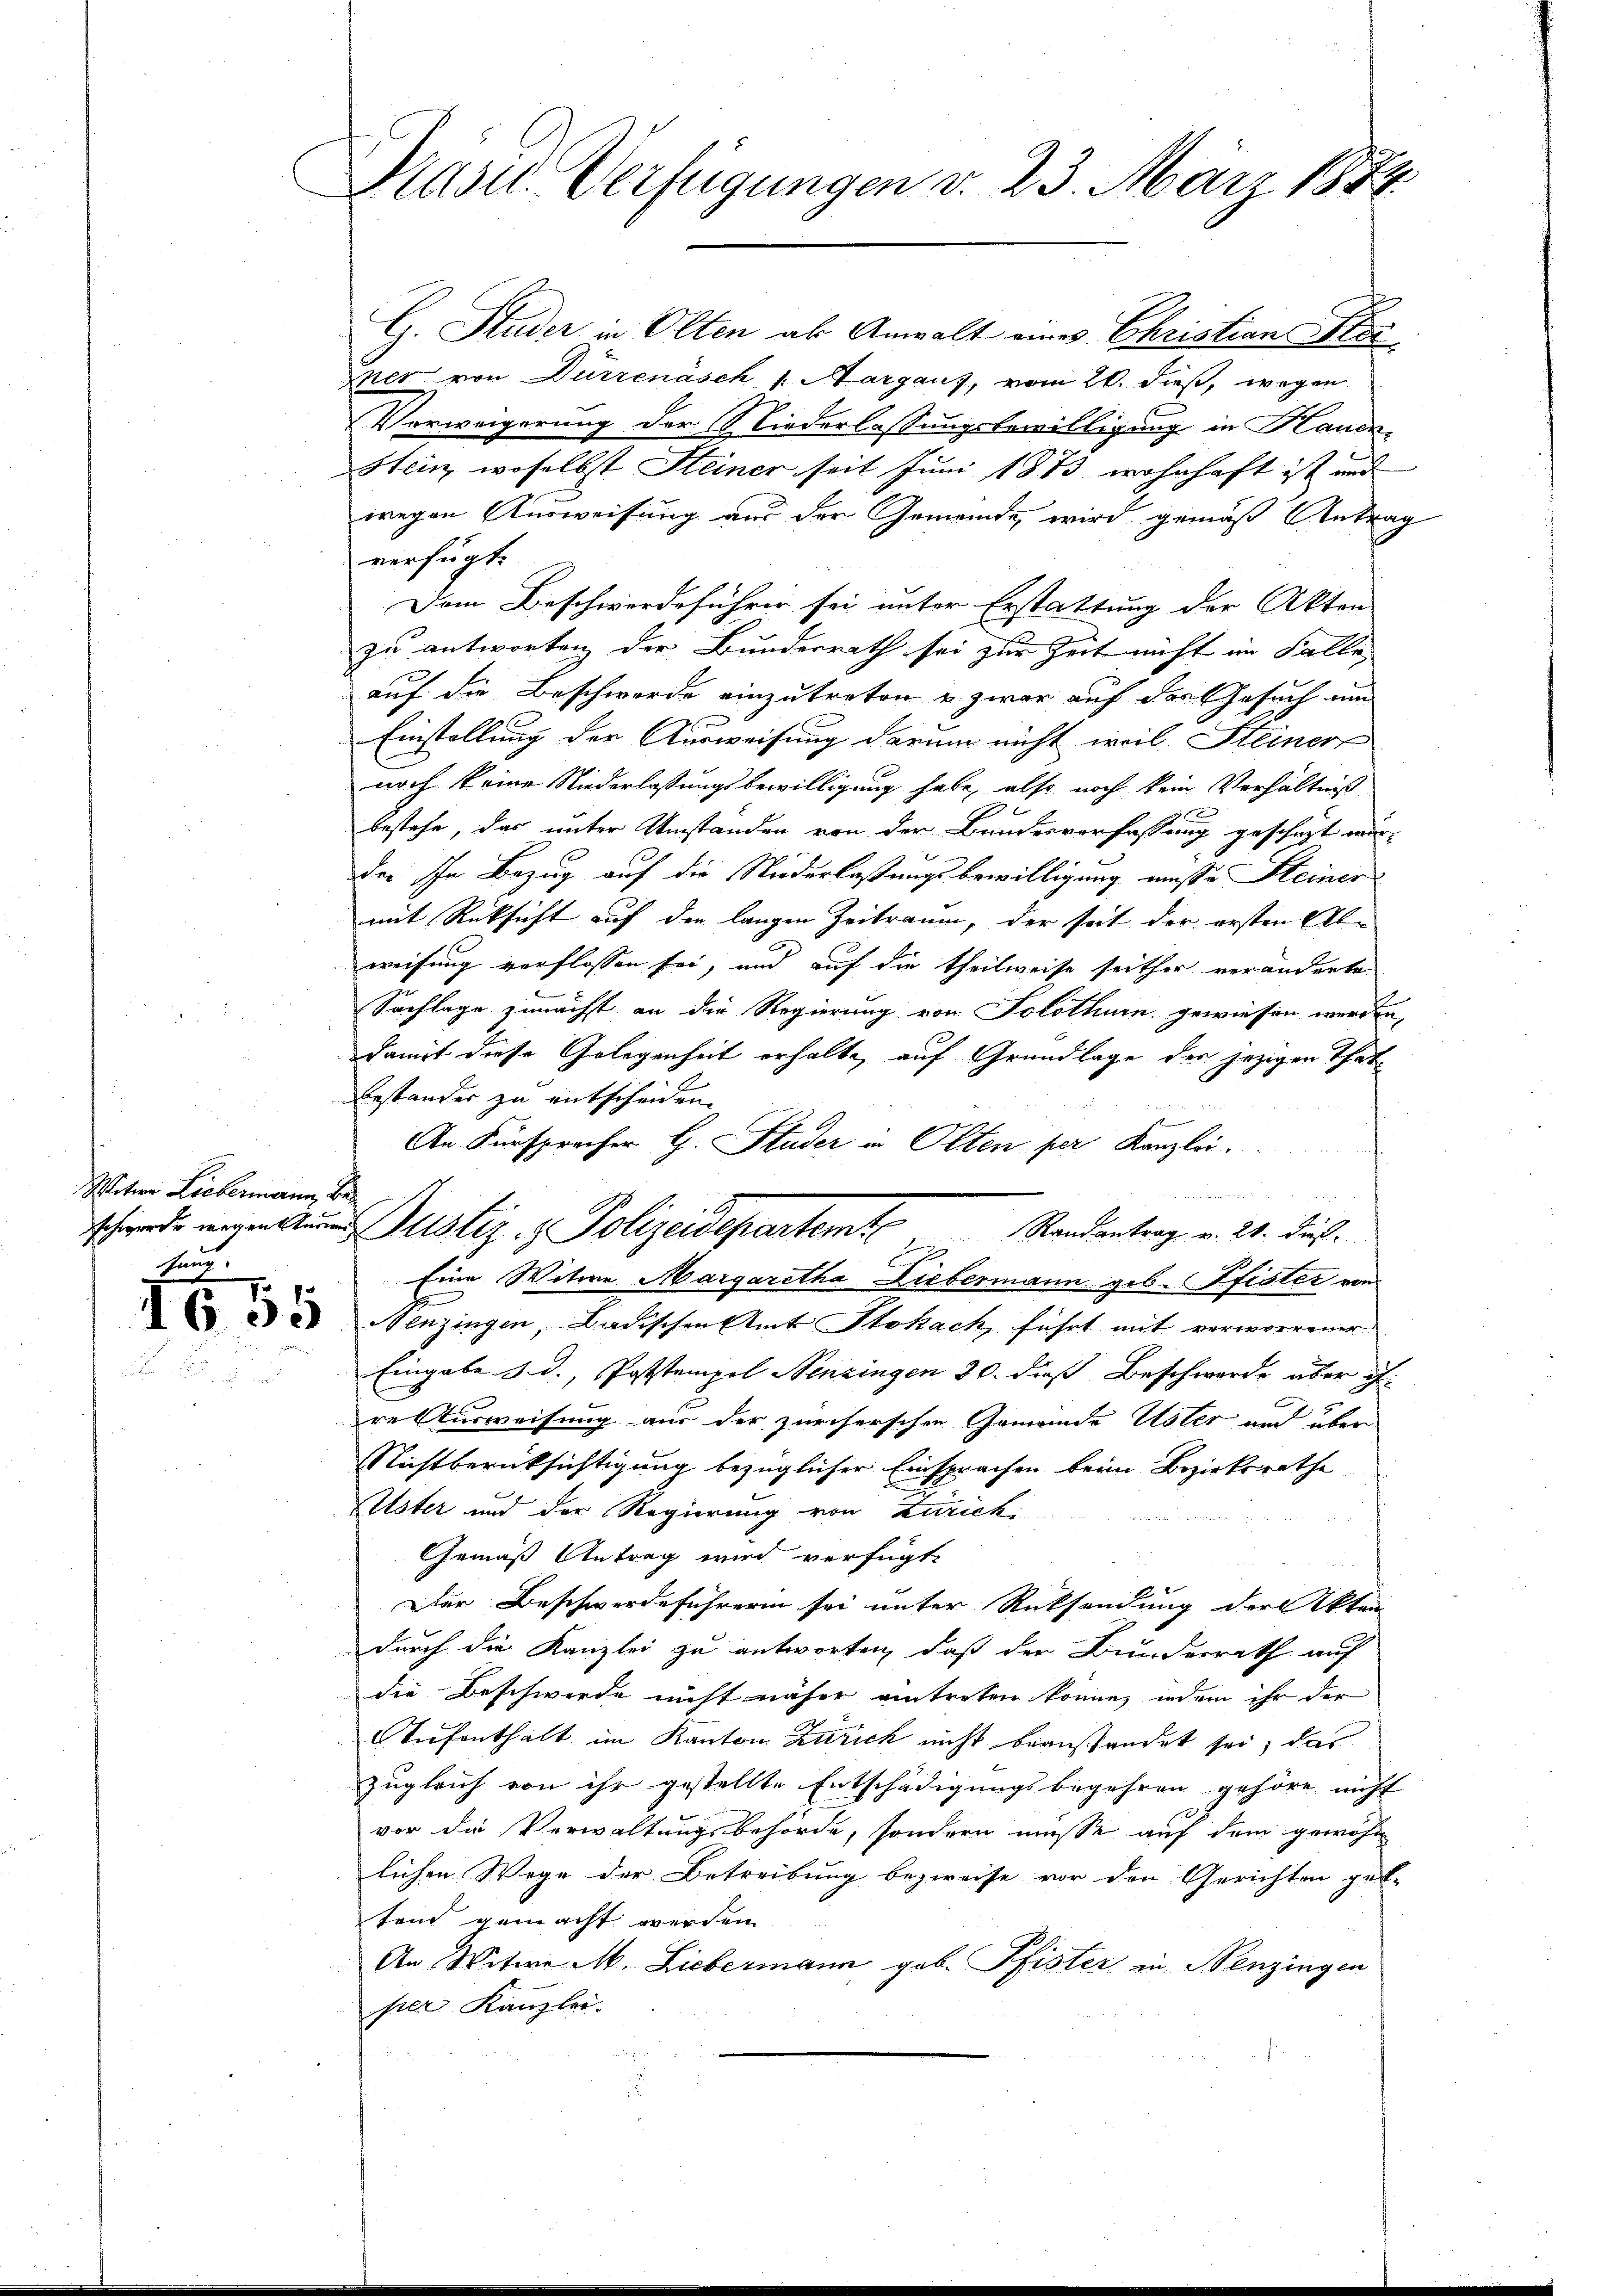
Weter Liebermann, behaus,

1655

Druse. Verfügungen v. 23. März 1874

G. Studer in Olten als Anwalt eines Christians Stei
mer von Dürrenäsch 1. Aargaus, vom 20. dieß, wegen
Verweigerung der Niederlassungsbewilligung in Hande
Stein, woselbst Steiner seit Juni 1873 wohnhaft ist und
wegen Ausweisung aus der Gemeinde, wird gemäß Antrag
verfügt:
Dem Beschwerdeführer sei unter Erstattung der Akten
zu antworten der Bundesrath sei zur Zeit nicht im Falle,
auf die Beschwerde einzutreten u. zwar auf der Gesuch um
Einstellung der Ausweisung darum nicht weil Steiner
noch keine Niederlassungsbewilligung habe, also noch kein Verhältniß
2
bestehe, das unter Umständen von der Bundesverfassung geschet wurder Ihr Bezug auf die Niederlaßungsbewilligung müsse Steiner
mit Rüksicht auf der langen Zeitraum, der seit der ersten Abweisung verflossen sei, und auf die Theilweise seither veränderte
Sachlage zunächst an die Regierung von Solothurn gewiesen werden,
damit diese Gelegenheit erhalte, auf Grundlage der jezigen That
Bestander zu entscheiden.
An Fürspracher G. Studer in Olten per Kanzlei.
n
frade wegen uns Justiz- & Polizeidepartemte Randantrag v. 21. Fuß.
Eine Witwe Margaretha Liebermann geb. Pfister von
Nenzingen, Badischen Amts Stokach, führt mit verworrener
Eingabe d. d. Poststempel Nenzingen 30. dieß Beschwerde über ih
re Ausweisung aus der zürcherschen Gemeinde Uster aud über
Stachtberücksichtigung bezüglicher Einsprachen beim Bezirksrathe
Uster und der Regierung von Zürichi
Gemäß Antrag wird verfügt:
Der Beschwerdeführerin sei unter Rücksendung der Akten
durch die Kanzlei zu antworten, daß der Bundesrath auf
die Beschwerde nicht näher eintreten könne, indem ihr der
Tiefenthalt im Kanton Zürich nicht beanstandet sei, das
zugleich von ihr gestellte Entschädigungsbegehren gehöre nicht
vor die Verwaltungsbehörde, sondern müsse auf dem gewöhn
lichen Wege der Betreibung bezweife vor den Gerichten gel-
tend gemacht werden.
An Witwe M. Liebermann geb. Pfister in Nenzingen
ser Kanzlei.